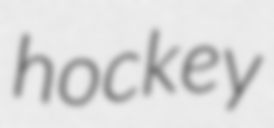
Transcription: hockey